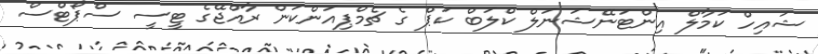
ޝައިހް ކަމާލް އިންޓަނޭޝަނަލް ކްލަބް ކަޕް ގެ ޗެމްޕިއަންކަން ރާއްޖޭގެ ޓީސީ ސްޕޯޓްސް